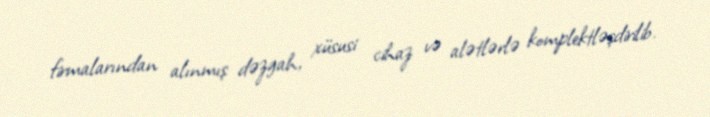
firmalarından alınmış dəzgah, xüsusi cihaz və alətlərlə komplektləşdirilib.